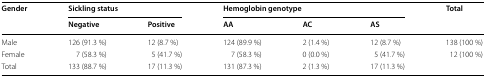
<table><thead><tr><td rowspan="2"><b>Gender</b></td><td colspan="2"><b>Sickling status</b></td><td colspan="3"><b>Hemoglobin genotype</b></td><td rowspan="2"><b>Total</b></td></tr><tr><td><b>Negative</b></td><td><b>Positive</b></td><td><b>AA</b></td><td><b>AC</b></td><td><b>AS</b></td></tr></thead><tbody><tr><td>Male</td><td>126 (91.3 %)</td><td>12 (8.7 %)</td><td>124 (89.9 %)</td><td>2 (1.4 %)</td><td>12 (8.7 %)</td><td>138 (100 %)</td></tr><tr><td>Female</td><td>7 (58.3 %)</td><td>5 (41.7 %)</td><td>7 (58.3 %)</td><td>0 (0.0 %)</td><td>5 (41.7 %)</td><td>12 (100 %)</td></tr><tr><td>Total</td><td>133 (88.7 %)</td><td>17 (11.3 %)</td><td>131 (87.3 %)</td><td>2 (1.3 %)</td><td>17 (11.3 %)</td><td></td></tr></tbody></table>